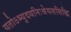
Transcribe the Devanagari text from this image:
यतोऽभ्युदयनिःश्रेयससिद्धि